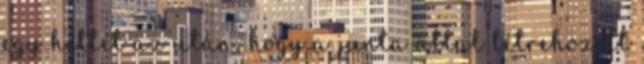
egy héttel az után, hogy a junta által létrehozott